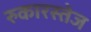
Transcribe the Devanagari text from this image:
रुकारस्तेज